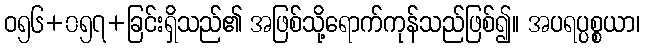
ဝ၅၆+၀၅၇+ခြင်းရှိသည်၏ အဖြစ်သို့ရောက်ကုန်သည်ဖြစ်၍။ အပရပ္ပစ္စယာ၊